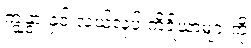
ကျွဲနွားနှင့် လယ်လုပ် ကိရိယာများကို